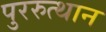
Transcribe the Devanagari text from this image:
पुररुत्थान